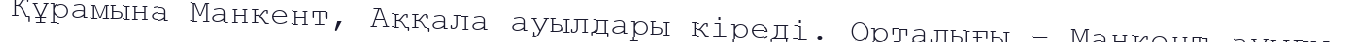
Құрамына Манкент, Аққала ауылдары кіреді. Орталығы – Манкент ауылы.